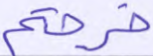
خرجتم